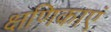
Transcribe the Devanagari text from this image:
क्षणिकाएं